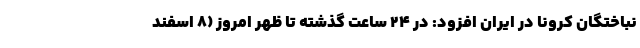
نباختگان کرونا در ایران افزود: در ۲۴ ساعت گذشته تا ظهر امروز (۸ اسفند